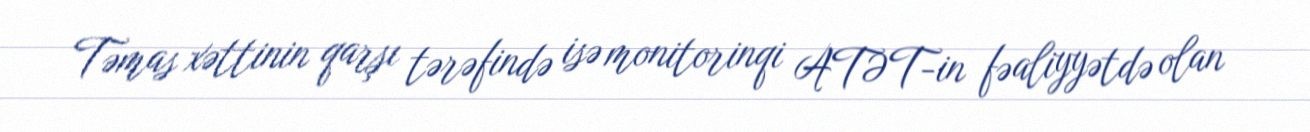
Təmas xəttinin qarşı tərəfində isə monitorinqi ATƏT-in fəaliyyətdə olan